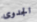
الجدوى